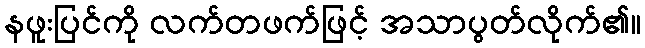
နဖူးပြင်ကို လက်တဖက်ဖြင့် အသာပွတ်လိုက်၏။